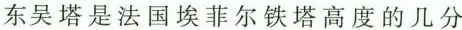
东吴塔是法国埃菲尔铁塔高度的几分